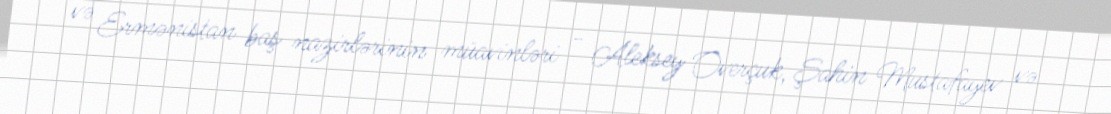
və Ermənistan baş nazirlərinin müavinləri - Aleksey Overçuk, Şahin Mustafayev və